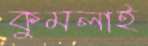
কুমলাই